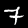
Label: 7